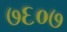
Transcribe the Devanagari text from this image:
७६०७